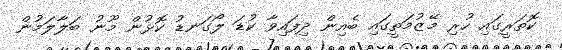
ކޮތަރީގައި ހުރި މޭޒުމަތީގައި ބެއިން ދިފައިވާ ކުޑަ ލޯގަނޑު ކޮޅުން މޫނު ބަލާލަމުން